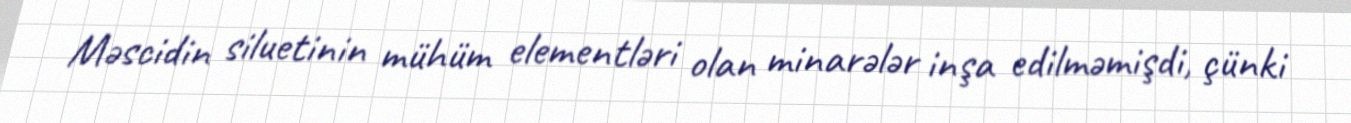
Məscidin siluetinin mühüm elementləri olan minarələr inşa edilməmişdi, çünki